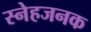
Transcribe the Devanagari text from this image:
स्नेहजनक